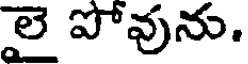
లై పోవును.